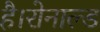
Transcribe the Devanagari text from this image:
है।रोनाल्ड